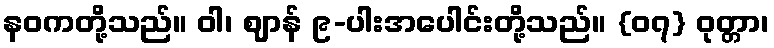
နဝကတို့သည်။ ဝါ၊ ဈာန် ၉-ပါးအပေါင်းတို့သည်။ {၀၇} ဝုတ္တာ၊